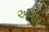
અગાર